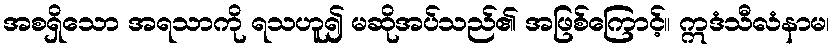
အစရှိသော အရသာကို ရသဟူ၍ မဆိုအပ်သည်၏ အဖြစ်ကြောင့်။ ဣဒံသီလံနာမ၊